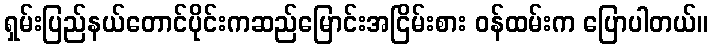
ရှမ်းပြည်နယ်တောင်ပိုင်းကဆည်မြောင်းအငြိမ်းစား ဝန်ထမ်းက ပြောပါတယ်။